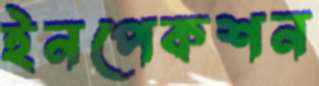
ইনপেকশন